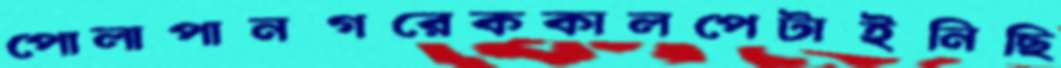
পোলাপানগরেককালপেটাইনিছি